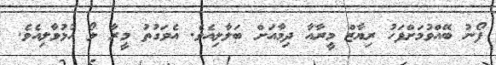
ފޯނު ބޭއްވުމަށްފަހު ރިޔާޒް މީރާއާ ދިމާއަށް ބަލާލިއެވެ. އެވަގުތު މީރާ ލޯ ހުޅުވާލިއެވެ.